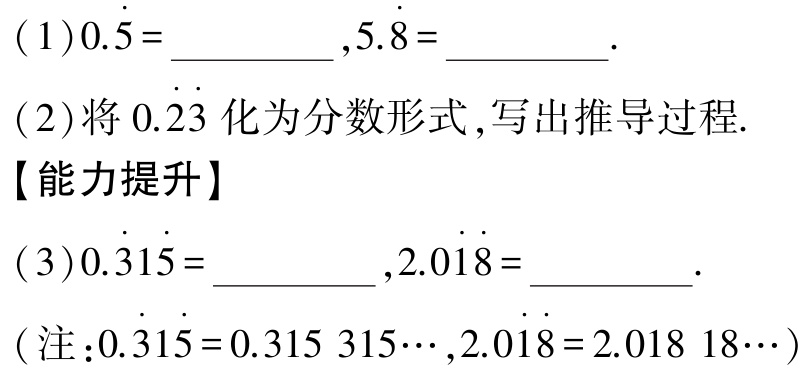
(1)$0.\dot{5}=\underline{\qquad\qquad},5.\dot{8}=\underline{\qquad\qquad}.$

(2)将$0.\dot{2}\dot{3}$化为分数形式,写出推导过程.

【能力提升】

(3)$0.\dot{3}1\dot{5}=\underline{\qquad\qquad},2.0\dot{1}\dot{8}=\underline{\qquad\qquad}.$

(注:$0.\dot{3}1\dot{5}=0.315\ 315\cdots,2.0\dot{1}\dot{8}=2.018\ 18\cdots$)